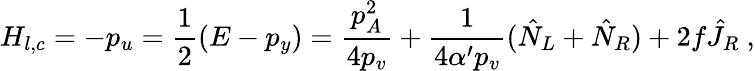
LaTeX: H_{l,c}=-p_{u}=\frac{1}{2}(E-p_{y})=\frac{p_{A}^{2}}{4p_{v}}+\frac{1}{4\alpha^{\prime}p_{v}}(\hat{N}_{L}+\hat{N}_{R})+2f\hat{J}_{R}~,